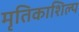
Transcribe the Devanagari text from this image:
मृतिकाशिल्प